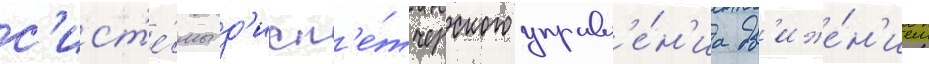
с'ист'е́мы д'исп'е́тчерского управл'е́н'иа дв'иже́н'ием